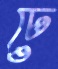
ঢে